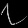
Digit: ၇